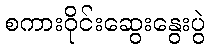
စကားဝိုင်းဆွေးနွေးပွဲ